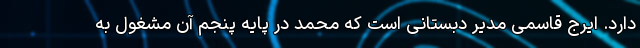
دارد. ایرج قاسمی مدیر دبستانی است که محمد در پایه پنجم آن مشغول به